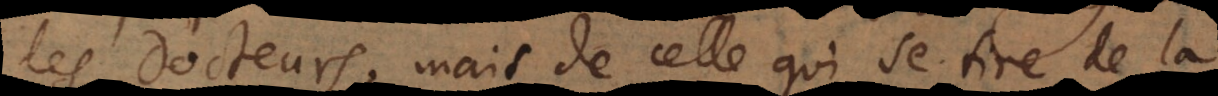
des Docteurs, mais de celle qui se tire de la